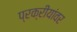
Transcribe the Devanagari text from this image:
प्रक्रीयांवर